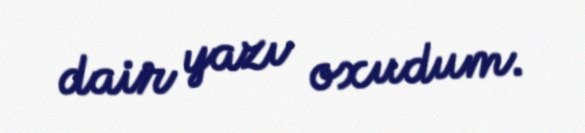
dair yazı oxudum.